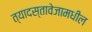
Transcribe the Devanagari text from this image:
त्यादस्तावेजामधील